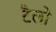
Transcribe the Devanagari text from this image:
टैलो